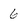
Character: 6